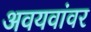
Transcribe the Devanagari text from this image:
अवयवांवर